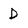
Character: D